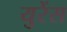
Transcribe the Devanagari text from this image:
युरेंस